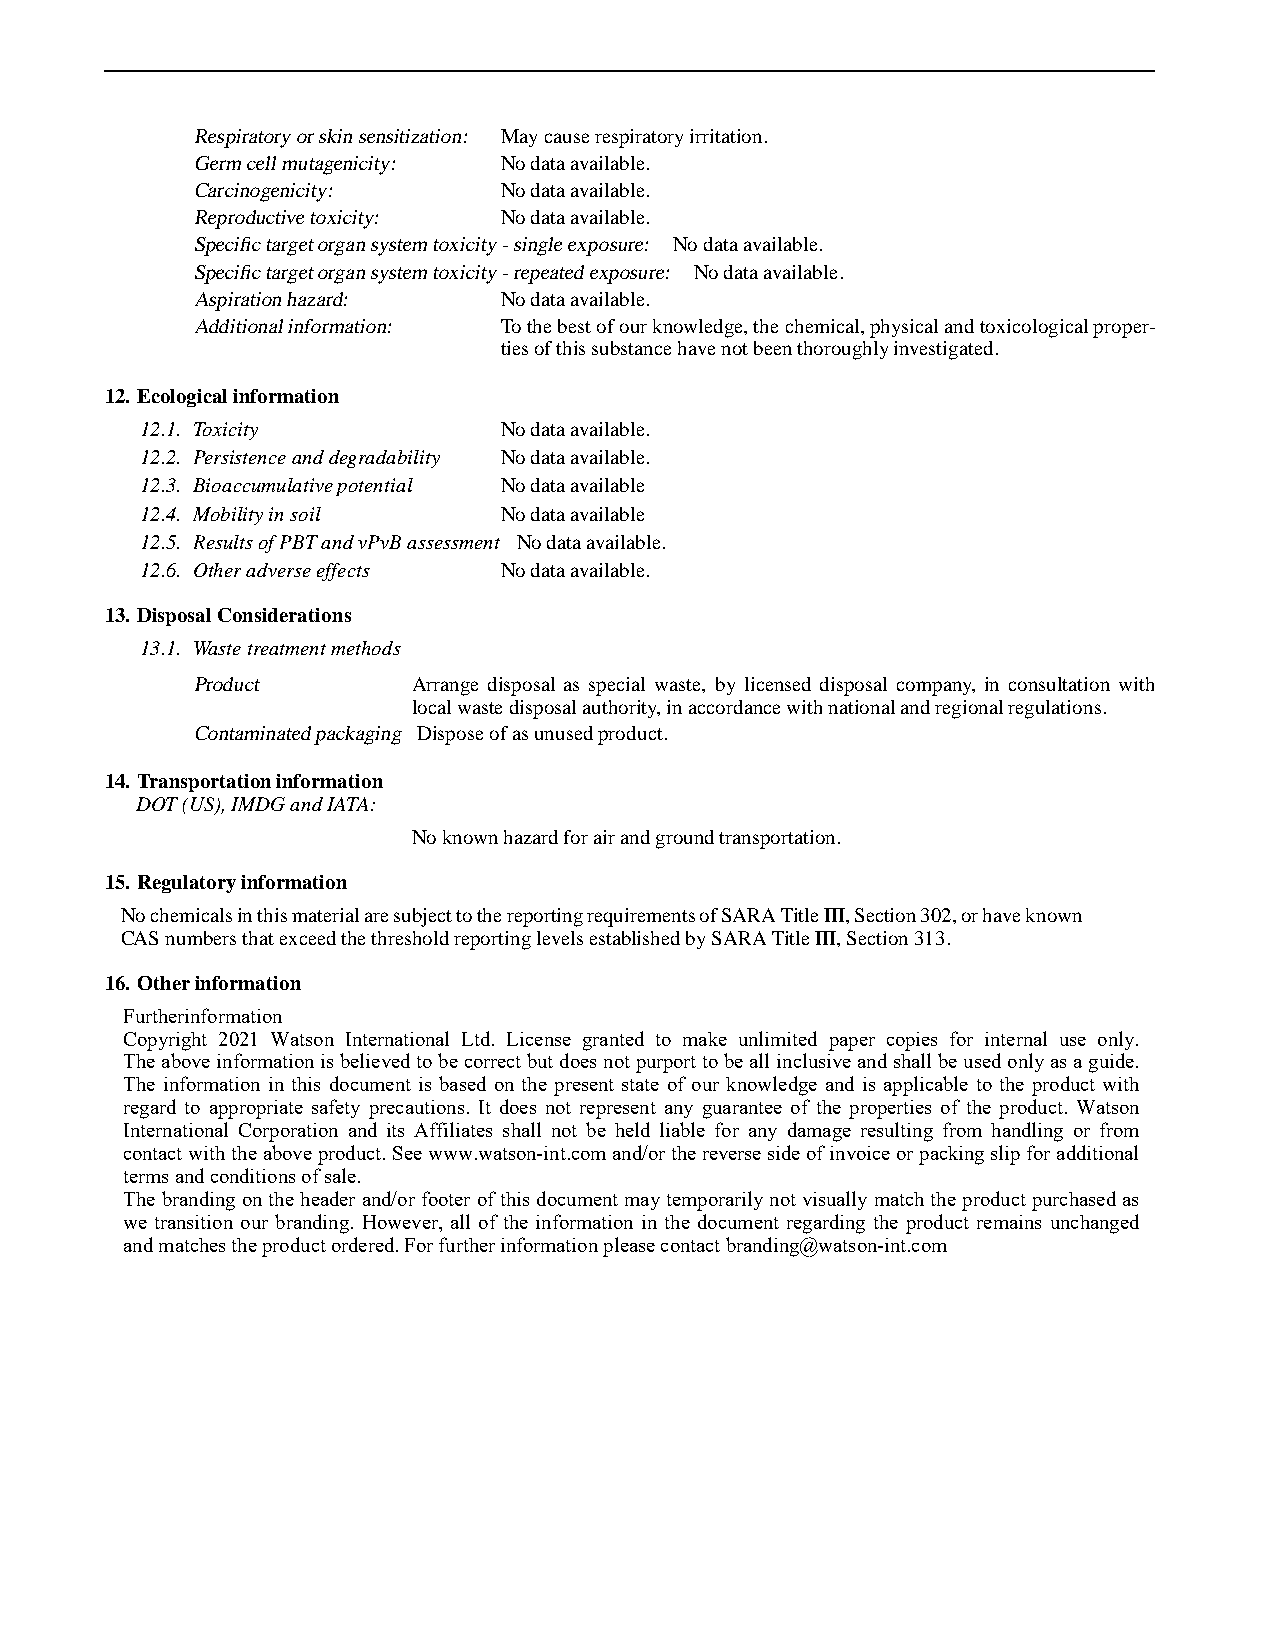
Respiratoryorskinsensitization: Maycauserespiratoryirritation.
 Germcellmutagenicity: Nodataavailable.
 Carcinogenicity:    Nodataavailable.
 Reproductivetoxicity: Nodataavailable.
 Specifictargetorgansystemtoxicity-singleexposure: Nodataavailable.
 Specifictargetorgansystemtoxicity-repeatedexposure: Nodataavailable.
 Aspirationhazard:   Nodataavailable.
 Additionalinformation: Tothebestofourknowledge,thechemical,physicalandtoxicologicalproper-
 tiesofthissubstancehavenotbeenthoroughlyinvestigated.
 12. Ecologicalinformation
 12.1. Toxicity          Nodataavailable.
 12.2. Persistenceanddegradability Nodataavailable.
 12.3. Bioaccumulativepotential Nodataavailable
 12.4. Mobilityinsoil    Nodataavailable
 12.5. ResultsofPBTandvPvBassessment Nodataavailable.
 12.6. Otheradverseeffects Nodataavailable.
 13. DisposalConsiderations
 13.1. Wastetreatmentmethods
 Product       Arrange disposal as special waste, by licensed disposal company, in consultation with
 localwastedisposalauthority,inaccordancewithnationalandregionalregulations.
 Contaminatedpackaging Disposeofasunusedproduct.
 14. Transportationinformation
 DOT(US),IMDGandIATA:
 Noknownhazardforairandgroundtransportation.
 15. Regulatoryinformation
 NochemicalsinthismaterialaresubjecttothereportingrequirementsofSARATitleIII,Section302,orhaveknown
 CASnumbersthatexceedthethresholdreportinglevelsestablishedbySARATitleIII,Section313.
 16. Otherinformation
 Furtherinformation
 Copyright 2021 Watson International Ltd. License granted to make unlimited paper copies for internal use only.
 The above information is believed to be correct but does not purport to be all inclusive and shall be used only as a guide.
 The information in this document is based on the present state of our knowledge and is applicable to the product with
 regard to appropriate safety precautions. It does not represent any guarantee of the properties of the product. Watson
 International Corporation and its Affiliates shall not be held liable for any damage resulting from handling or from
 contact with the above product. See www.watson-int.com and/or the reverse side of invoice or packing slip for additional
 terms and conditions of sale.
 The branding on the header and/or footer of this document may temporarily not visually match the product purchased as
 we transition our branding. However, all of the information in the document regarding the product remains unchanged
 and matches the product ordered. For further information please contact branding@watson-int.com